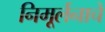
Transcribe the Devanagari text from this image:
निमूर्लनाचे